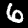
Digit: 6